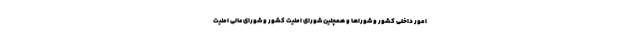
امور داخلی کشور و شوراها و همچنین شورای امنیت کشور و شورای عالی امنیت